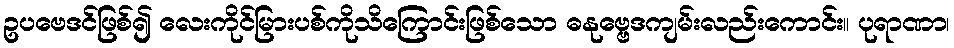
ဥပဗေဒင်ဖြစ်၍ လေးကိုင်မြားပစ်ကိုသိကြောင်းဖြစ်သော ဓနုဗ္ဗေဒကျမ်းလည်းကောင်း။ ပုရာဏာ၊